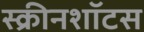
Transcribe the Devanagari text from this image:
स्क्रीनशॉटस